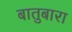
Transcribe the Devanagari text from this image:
बातुबारा